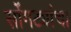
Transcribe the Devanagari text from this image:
सोंगट्यांचा